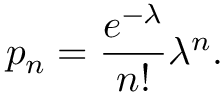
p _ { n } = \frac { e ^ { - \lambda } } { n ! } \lambda ^ { n } .